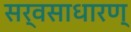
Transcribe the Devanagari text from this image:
सर्वसाधारण्